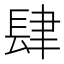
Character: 肆